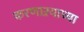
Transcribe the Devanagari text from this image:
करणाऱयाच्या